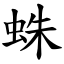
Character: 蛛